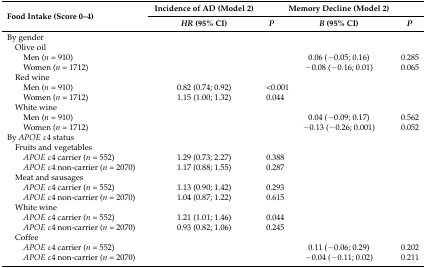
<table><thead><tr><td rowspan="2"><b>Food Intake (Score 0–4)</b></td><td><b>Incidence of AD(Model 2)</b></td><td></td><td><b>Memory Decline(Model 2)</b></td><td></td></tr><tr><td><b><i>HR</i> (95% CI)</b></td><td><b><i>P</i></b></td><td><b><i>B</i> (95% CI)</b></td><td><b><i>P</i></b></td></tr></thead><tbody><tr><td>By gender</td><td></td><td></td><td></td><td></td></tr><tr><td> Olive oil</td><td></td><td></td><td></td><td></td></tr><tr><td>Men (<i>n</i> = 910)</td><td></td><td></td><td>0.06 (−0.05; 0.16)</td><td>0.285</td></tr><tr><td>Women (<i>n</i> = 1712)</td><td></td><td></td><td>−0.08 (−0.16; 0.01)</td><td>0.065</td></tr><tr><td> Red wine</td><td></td><td></td><td></td><td></td></tr><tr><td>Men (<i>n</i> = 910)</td><td>0.82 (0.74; 0.92)</td><td>&lt;0.001</td><td></td><td></td></tr><tr><td>Women (<i>n</i> = 1712)</td><td>1.15 (1.00; 1.32)</td><td>0.044</td><td></td><td></td></tr><tr><td> White wine</td><td></td><td></td><td></td><td></td></tr><tr><td>Men (<i>n</i> = 910)</td><td></td><td></td><td>0.04 (−0.09; 0.17)</td><td>0.562</td></tr><tr><td>Women (<i>n</i> = 1712)</td><td></td><td></td><td>−0.13 (−0.26; 0.001)</td><td>0.052</td></tr><tr><td>By <i>APOE</i> ε4 status</td><td></td><td></td><td></td><td></td></tr><tr><td> Fruits and vegetables</td><td></td><td></td><td></td><td></td></tr><tr><td><i>APOE</i> ε4 carrier (<i>n</i> = 552)</td><td>1.29 (0.73; 2.27)</td><td>0.388</td><td></td><td></td></tr><tr><td><i>APOE</i> ε4 non-carrier (<i>n</i> = 2070)</td><td>1.17 (0.88; 1.55)</td><td>0.287</td><td></td><td></td></tr><tr><td> Meat and sausages</td><td></td><td></td><td></td><td></td></tr><tr><td><i>APOE</i> ε4 carrier (<i>n</i> = 552)</td><td>1.13 (0.90; 1.42)</td><td>0.293</td><td></td><td></td></tr><tr><td><i>APOE</i> ε4 non-carrier (<i>n</i> = 2070)</td><td>1.04 (0.87; 1.22)</td><td>0.615</td><td></td><td></td></tr><tr><td> White wine</td><td></td><td></td><td></td><td></td></tr><tr><td><i>APOE</i> ε4 carrier (<i>n</i> = 552)</td><td>1.21 (1.01; 1.46)</td><td>0.044</td><td></td><td></td></tr><tr><td><i>APOE</i> ε4 non-carrier (<i>n</i> = 2070)</td><td>0.93 (0.82; 1.06)</td><td>0.245</td><td></td><td></td></tr><tr><td> Coffee</td><td></td><td></td><td></td><td></td></tr><tr><td><i>APOE</i> ε4 carrier (<i>n</i> = 552)</td><td></td><td></td><td>0.11 (−0.06; 0.29)</td><td>0.202</td></tr><tr><td><i>APOE</i> ε4 non-carrier (<i>n</i> = 2070)</td><td></td><td></td><td>−0.04 (−0.11; 0.02)</td><td>0.211</td></tr></tbody></table>